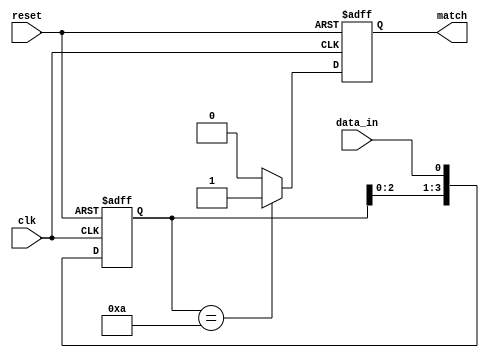
module flip_flop_detector #(
    parameter PATTERN_LENGTH = 4, // Length of the pattern to detect
    parameter PATTERN = 4'b1010    // Pattern to detect (example: 1010)
)(
    input wire clk,                 // Clock signal
    input wire reset,               // Reset signal
    input wire data_in,             // Input data stream
    output reg match                // Output signal indicating a match
);

    // Flip-flops to store the input stream (shift register)
    reg [PATTERN_LENGTH-1:0] shift_reg;

    // Always block for flip-flop behavior
    always @(posedge clk or posedge reset) begin
        if (reset) begin
            shift_reg <= 0;          // Initialize shift register to 0
            match <= 0;              // Reset match signal
        end else begin
            shift_reg <= {shift_reg[PATTERN_LENGTH-2:0], data_in}; // Shift in the new data
            // Check for pattern match
            if (shift_reg == PATTERN) begin
                match <= 1;           // Pattern matched
            end else begin
                match <= 0;           // No match
            end
        end
    end

endmodule